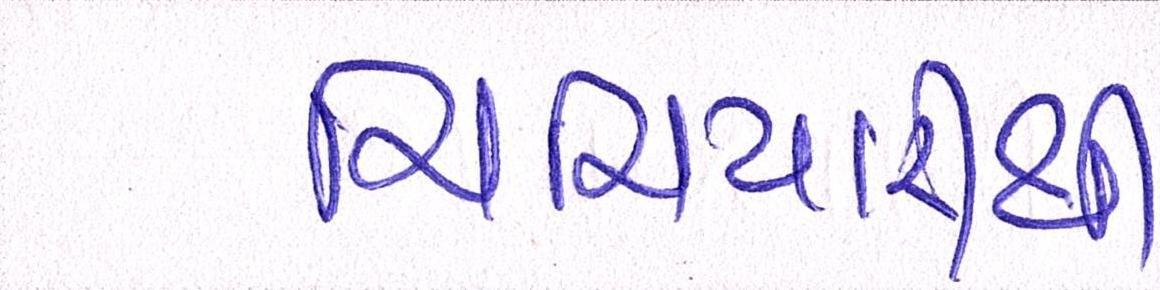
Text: ચિચિયારીથી